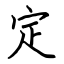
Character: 定